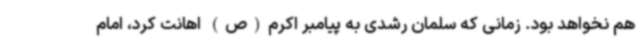
هم نخواهد بود. زمانی که سلمان رشدی به پیامبر اکرم(ص) اهانت کرد، امام